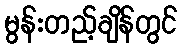
မွန်းတည့်ချိန်တွင်